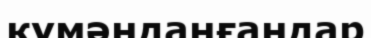
күмәнданғандар